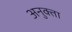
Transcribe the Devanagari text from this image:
अनुक्ता